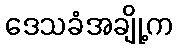
ဒေသခံအချို့က